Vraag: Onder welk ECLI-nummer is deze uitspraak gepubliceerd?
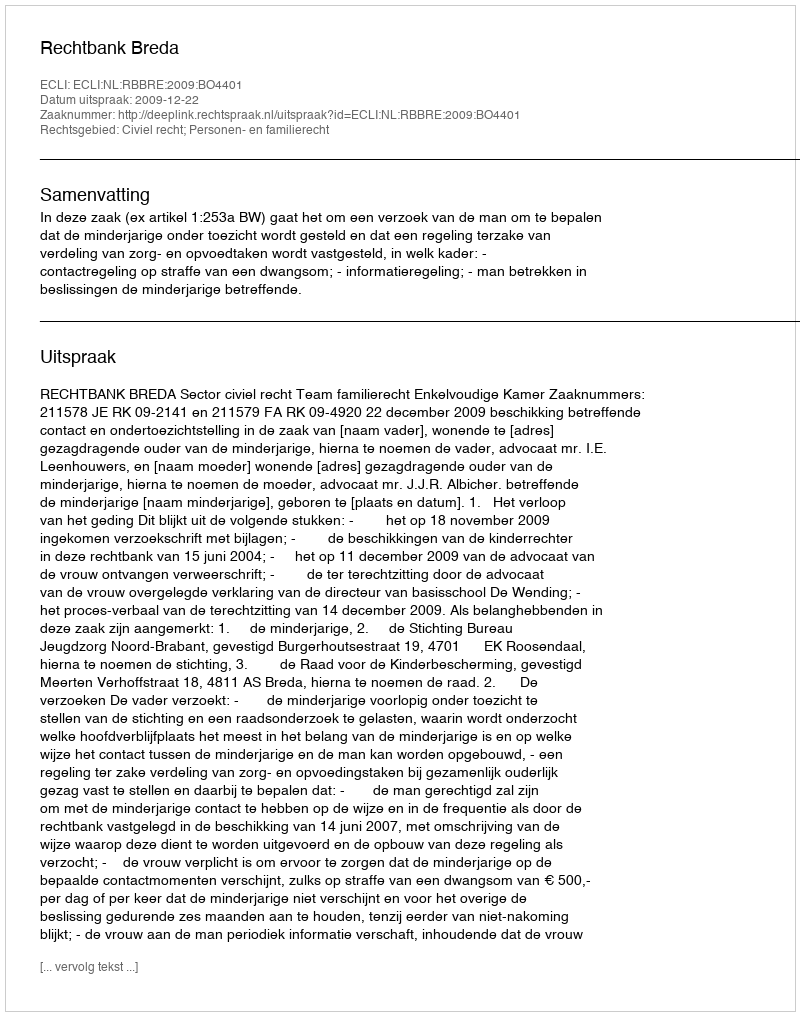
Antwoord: ECLI:NL:RBBRE:2009:BO4401